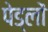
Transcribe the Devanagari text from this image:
पेड्लों